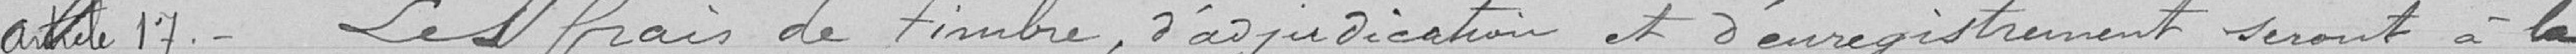
Article 17 : Les frais de timbre, d'adjudication et d'enregistrement seront à la